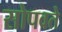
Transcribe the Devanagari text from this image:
सोपवते